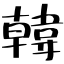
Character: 韓